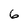
Character: 6